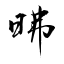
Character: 昲